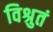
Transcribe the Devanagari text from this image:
विश्रुतं